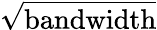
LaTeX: \sqrt{\textrm{bandwidth}}